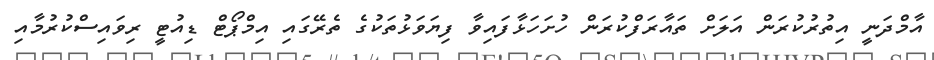
އާމްދަނީ އިތުރުކުރަން އަލަށް ތައާރަފްކުރަން ހުށަހަޅާފައިވާ ފިޔަވަޅުތަކުގެ ތެރޭގައި އިމްޕޯޓް ޑިއުޓީ ރިވައިސްކުރުމާއި